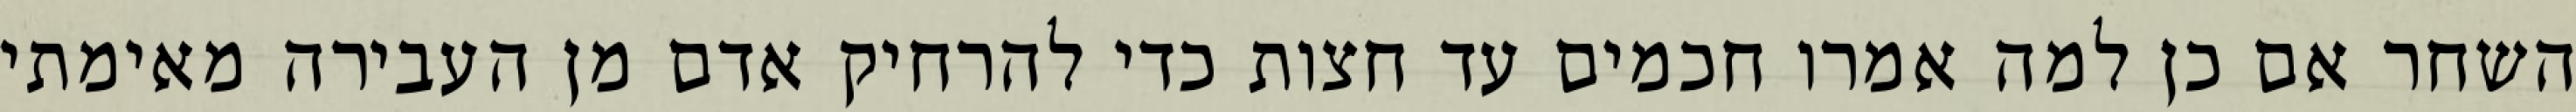
השחר אם כן למה אמרו חכמים עד חצות כדי להרחיק אדם מן העבירה מאימתי